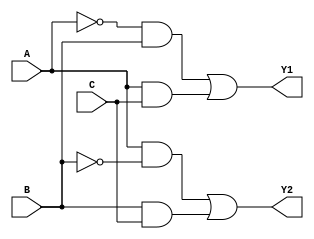
module combinational_logic (
    input wire A,      // Input A
    input wire B,      // Input B
    input wire C,      // Input C
    output wire Y1,    // Output Y1
    output wire Y2     // Output Y2
);

// Logic function definitions
// Example minimized expressions:
// Y1 = A'B + AC
// Y2 = AB' + BC

// Implementing Y1 using AND, OR gates
assign Y1 = (~A & B) | (A & C);

// Implementing Y2 using AND, OR gates
assign Y2 = (A & ~B) | (B & C);

endmodule